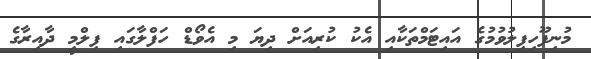
މުނިފޫހިފިލުވުމުގެ އައިޓަމްތަކާއި އެކު ކުރިއަށް ދިޔަ މި އެވޯޑް ހަފްލާގައި ފިލްމީ ދާއިރާގެ